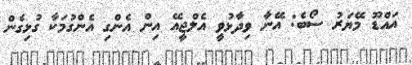
އައްޑޫ މޭޔަރު ސޯބެ: އޭނާ ވިދާޅުވީ އެލްޖީއޭ އިން އެންގި އެންގުމަކާ ގުޅިގެން